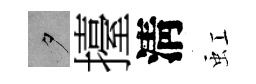
夕擡淸虹